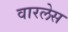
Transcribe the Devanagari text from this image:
वारलेस